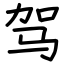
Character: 驾